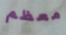
معظم